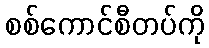
စစ်ကောင်စီတပ်ကို